Indian journal of veterinary science and animal husbandry - Volumes 15-17, 1948-1951
Year: 1948
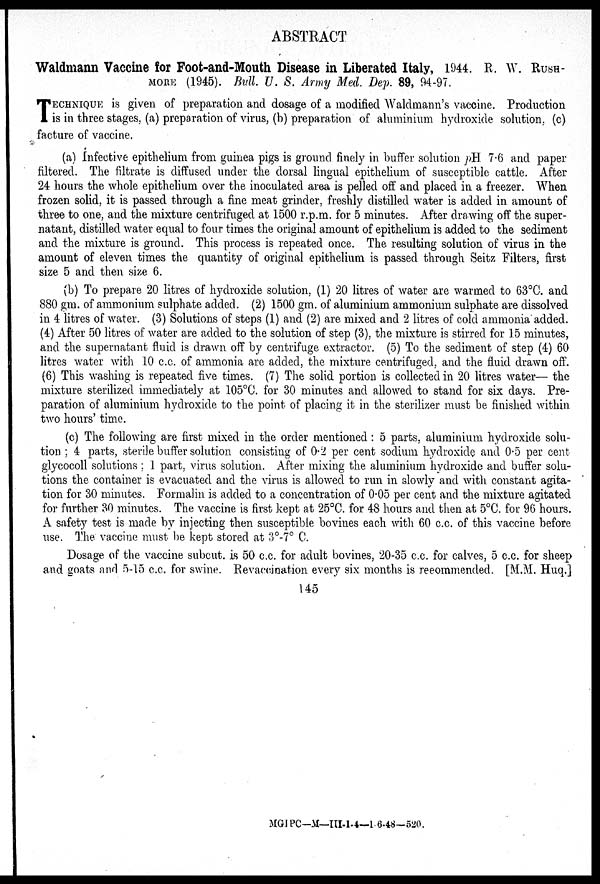
ABSTRACT
Waldmann Vaccine for Foot-and-Mouth Disease in Liberated Italy, 1944. R. W. RUSH-
MORE (1945). Bull. U. S. Army Med. Dep. 89, 94-97.
T ECHNIQUE is given of preparation and dosage of a modified Waldmann's vaccine. Production
is in three stages, (a) preparation of virus, (b) preparation of aluminium hydroxide solution, (c)
facture of vaccine.
(a) Infective epithelium from guinea pigs is ground finely in buffer solution pH 7.6 and paper
filtered. The filtrate is diffused under the dorsal lingual epithelium of susceptible cattle. After
24 hours the whole epithelium over the inoculated area is pelled off and placed in a freezer. When
frozen solid, it is passed through a fine meat grinder, freshly distilled water is added in amount of
three to one, and the mixture centrifuged at 1500 r.p.m. for 5 minutes. After drawing off the super-
natant, distilled water equal to four times the original amount of epithelium is added to the sediment
and the mixture is ground. This process is repeated once. The resulting solution of virus in the
amount of eleven times the quantity of original epithelium is passed through Seitz Filters, first
size 5 and then size 6.
(b) To prepare 20 litres of hydroxide solution, (1) 20 litres of water are warmed to 63°C. and
880 gm. of ammonium sulphate added. (2) 1500 gm. of aluminium ammonium sulphate are dissolved
in 4 litres of water. (3) Solutions of steps (1) and (2) are mixed and 2 litres of cold ammonia added.
(4) After 50 litres of water are added to the solution of step (3), the mixture is stirred for 15 minutes,
and the supernatant fluid is drawn off by centrifuge extractor. (5) To the sediment of step (4) 60
litres water with 10 c.c. of ammonia are added, the mixture centrifuged. and the fluid drawn off.
(6) This washing is repeated five times. (7) The solid portion is collected in 20 litres water— the
mixture sterilized immediately at 105°C. for 30 minutes and allowed to stand for six days. Pre-
paration of aluminium hydroxide to the point of placing it in the sterilizer must be finished within
two hours' time.
(c) The following are first mixed in the order mentioned : 5 parts, aluminium hydroxide solu-
tion ; 4 parts, sterile buffer solution consisting of 0.2 per cent sodium hydroxide and 0.5 per cent
glycocoll solutions ; 1 part, virus solution. After mixing the aluminium hydroxide and buffer solu-
tions the container is evacuated and the virus is allowed to run in slowly and with constant agita-
tion for 30 minutes. Formalin is added to a concentration of 0.05 per cent and the mixture agitated
for further 30 minutes. The vaccine is first kept at 25°C. for 48 hours and then at 5°C. for 96 hours.
A safety test is made by injecting then susceptible bovines each with 60 c.c. of this vaccine before
use. The vaccine must be kept stored at 3°-7° C.
Dosage of the vaccine subcut. is 50 c.c. for adult bovines, 20-35 c.c. for calves, 5 c.c. for sheep
and goats and 5-15 c.c. for swine. Revaccination every six months is recommended. [M.M. Huq.]
145
MGIPC—M—III-1-4—1-6-48—520.